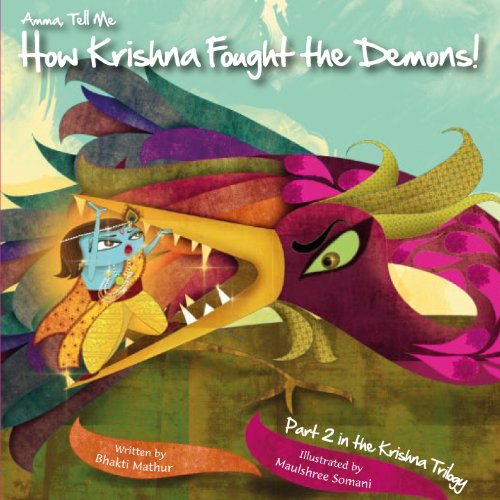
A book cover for Amma Tell Me How Krishna Fought The Demons!; Bhakti Mathur; Comics & Graphic Novels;